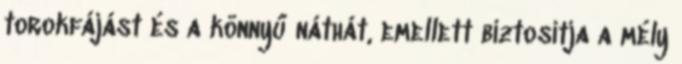
torokfájást és a könnyű náthát, emellett biztosítja a mély